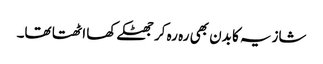
شازیہ کا بدن بھی رہ رہ کر جھٹکے کھا اٹھتا تھا۔